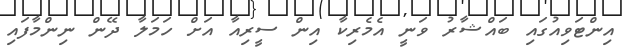
އިންޓަވިއުގައި ބައްޝާރު ވަނީ އެމެރިކާ އިން ސީރިއާ އަށް ހަމަލާ ދޭން ނިންމާފައި